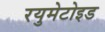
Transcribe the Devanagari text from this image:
रयुमेटोइड